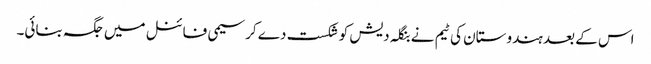
اس کے بعد ہندوستان کی ٹیم نے بنگلہ دیش کو شکست دے کرسیمی فائنل میں جگہ بنائی۔